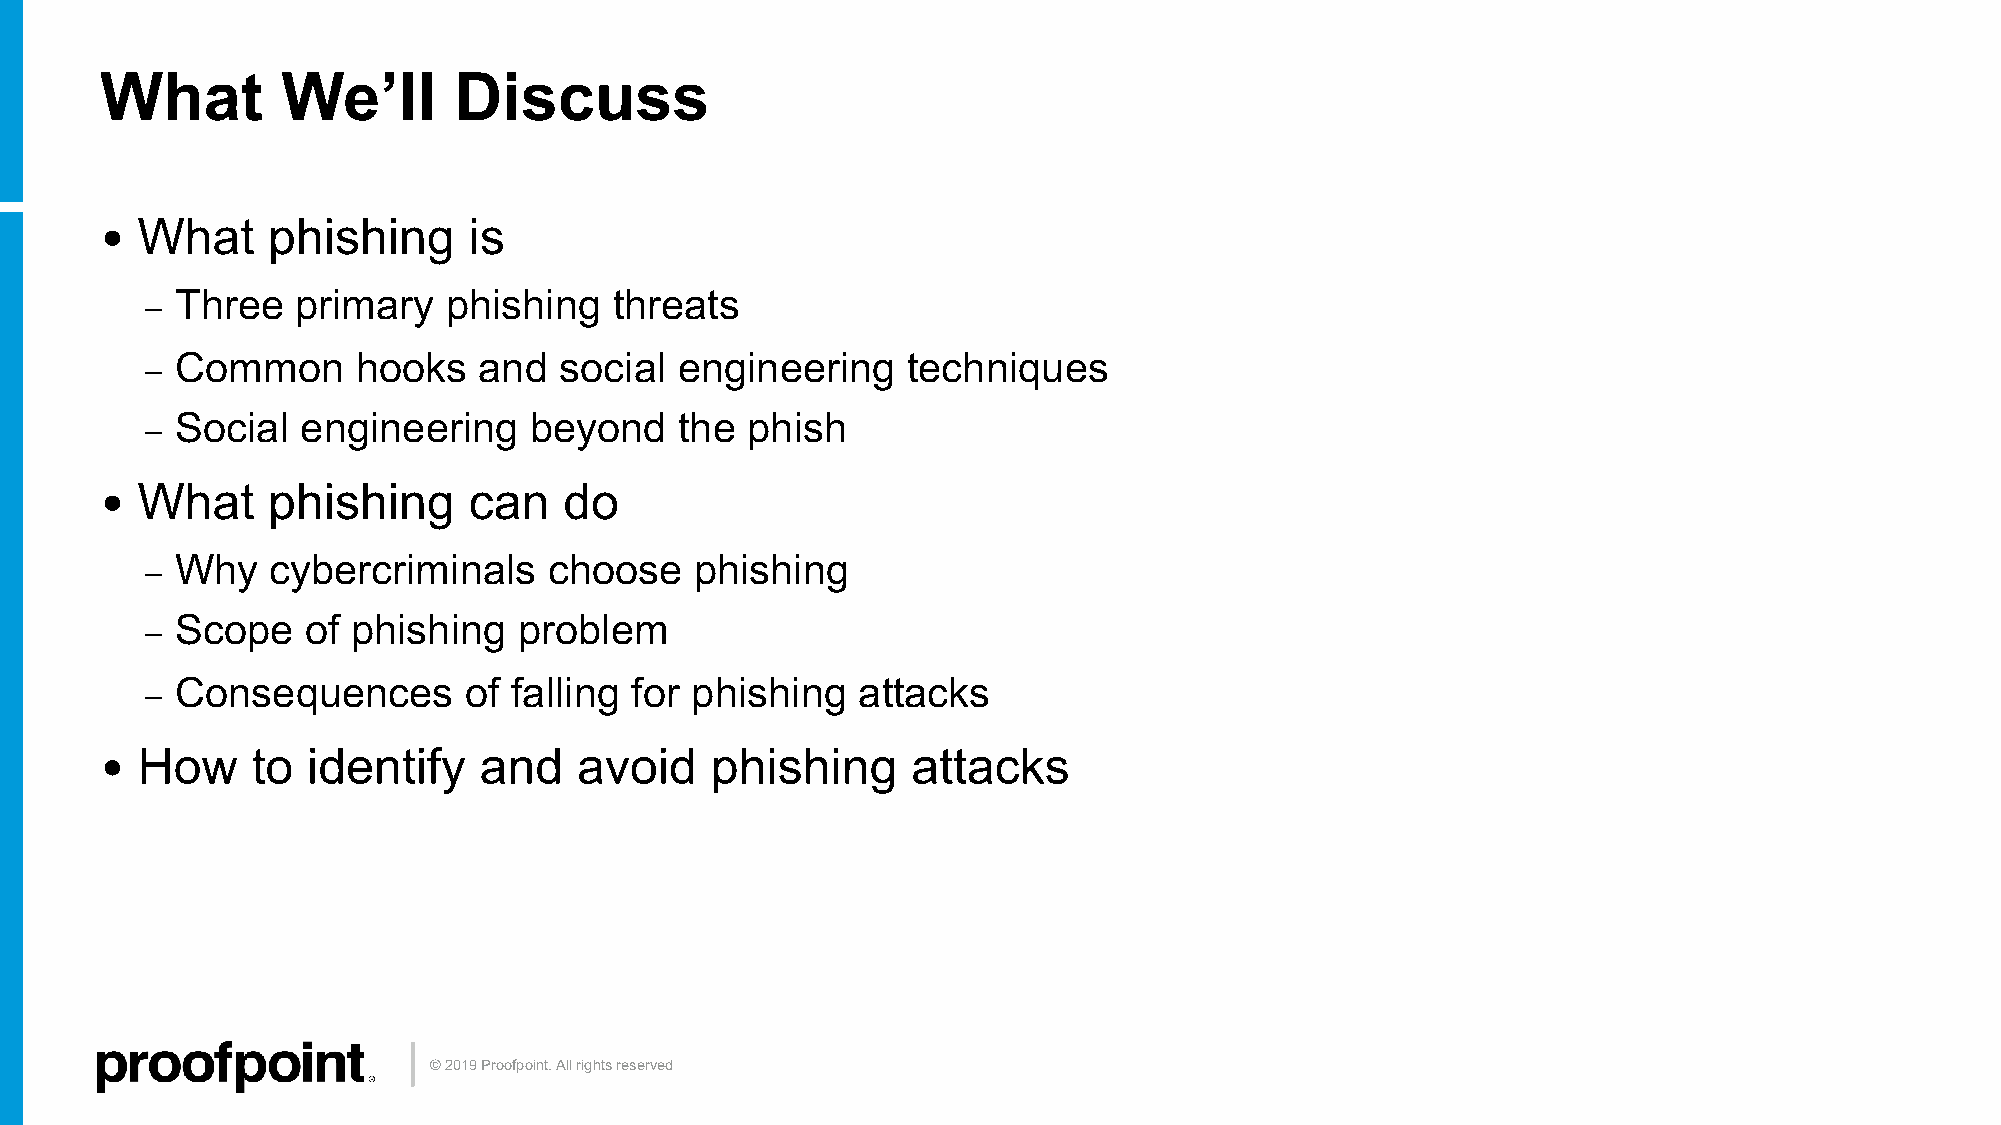
What        We’ll      Discuss
 • What     phishing     is
 Three   primary  phishing    threats
 –
 Common      hooks   and  social  engineering    techniques
 –
 Social  engineering    beyond    the phish
 –
 • What     phishing     can   do
 Why   cybercriminals    choose    phishing
 –
 Scope   of phishing   problem
 –
 Consequences       of falling for phishing   attacks
 –
 • How     to identify    and   avoid    phishing     attacks
 © 2019 Proofpoint. All rights reserved